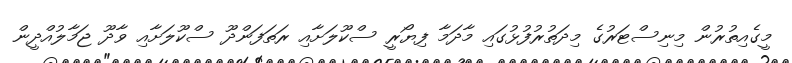
މީގެއިތުރުން މިނިސްޓަރުގެ މިދަތުރުފުޅުގައި މާދަމާ ފިޔޯރީ ސްކޫލަށާއި ރަތަފަންދޫ ސްކޫލަށާއި ވާދޫ ޖަމާލުއްދީން